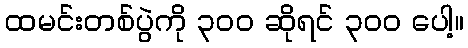
ထမင်းတစ်ပွဲကို ၃၀၀ ဆိုရင် ၃၀၀ ပေါ့။